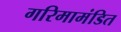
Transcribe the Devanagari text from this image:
गरिमामंडित